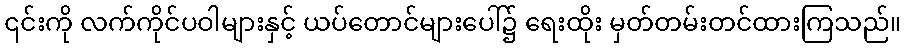
၎င်းကို လက်ကိုင်ပဝါများနှင့် ယပ်တောင်များပေါ်၌ ရေးထိုး မှတ်တမ်းတင်ထားကြသည်။